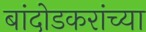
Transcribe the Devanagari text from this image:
बांदोडकरांच्या